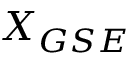
X _ { G S E }